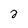
Character: 2